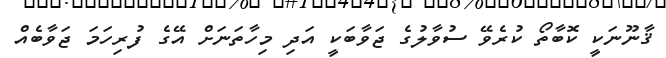
ޤާނޫނަކީ ކޮބާތޯ ކުރެވޭ ސުވާލުގެ ޖަވާބަކީ އަދި މިހާތަނަށް އޭގެ ފުރިހަމަ ޖަވާބެއް